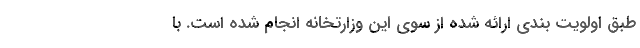
طبق اولویت‌ بندی ارائه شده از سوی این وزارتخانه انجام شده است. با